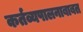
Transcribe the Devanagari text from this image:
कर्तव्यपालनाबाबत